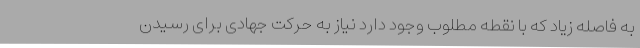
به فاصله زیاد که با نقطه مطلوب وجود دارد نیاز به حرکت جهادی برای رسیدن